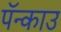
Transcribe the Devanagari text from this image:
पॅन्काउ